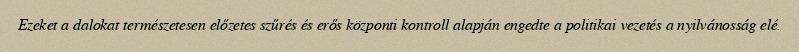
Ezeket a dalokat természetesen előzetes szűrés és erős központi kontroll alapján engedte a politikai vezetés a nyilvánosság elé.